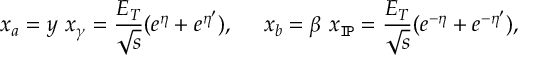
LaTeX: x _ { a } = y \ x _ { \gamma } = \frac { E _ { T } } { \sqrt { s } } ( e ^ { \eta } + e ^ { \eta ^ { \prime } } ) , \ \ \ \ x _ { b } = \beta \ x _ { \tt I \! P } = \frac { E _ { T } } { \sqrt { s } } ( e ^ { - \eta } + e ^ { - \eta ^ { \prime } } ) ,